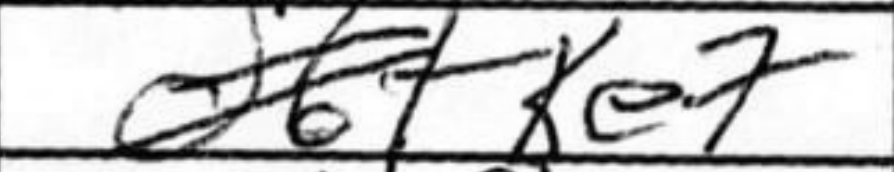
Transcription: Ke7